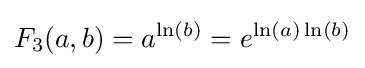
F_{3}(a,b)=a^{\ln(b)}=e^{\ln(a)\ln(b)}